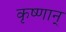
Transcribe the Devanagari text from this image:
कृष्णान्‌